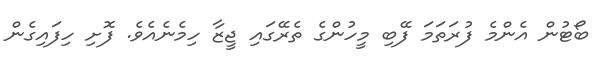
ބޯޓުން އެންމެ ފުރަތަމަ ފޭބި މީހުންގެ ތެރޭގައި ޖީޒާ ހިމެނެއެވެ. ފޮށި ހިފައިގެން